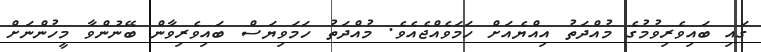
ގައި ބައިވެރިވުމުގެ މުއްދަތު އިއްޔެއަށް ހަމަވެއްޖެއެވެ. މުއްދަތު ހަމަވިޔަސް ބައިވެރިވާން ބޭނުންވާ މީހުންނަށް